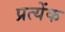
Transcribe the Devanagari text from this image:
प्रत्येंक